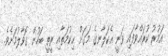
އަމުރު ކުރައްވާފައި ވަނީ އެކަލާނގެ މަގަށް ޙިކުމަތާއި ރީތީ ބަހުން ގޮވާލުމަށެވެ.